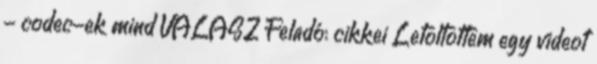
- codec-ek mind VÁLASZ Feladó: cikkei Letoltottem egy videot